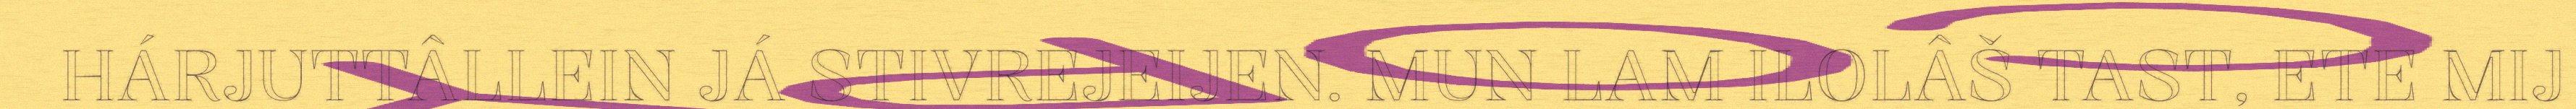
HÁRJUTTÂLLEIN JÁ STIVREJEIJEN. MUN LAM ILOLÂŠ TAST, ETE MIJ